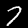
Digit: 7